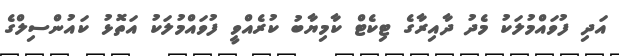
އަދި ފުވައްމުލަކު މެދު ދާއިރާގެ ޓިކެޓް ކާމިޔާބު ކުރެއްވީ ފުވައްމުލަކު އަތޮޅު ކައުންސިލްގެ